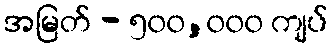
အမြတ် - ၅၀၀,၀၀၀ ကျပ်